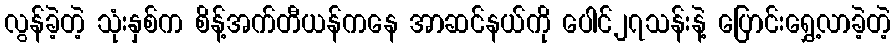
လွန်ခဲ့တဲ့ သုံးနှစ်က စိန့်အက်တီယန်ကနေ အာဆင်နယ်ကို ပေါင်၂၇သန်းနဲ့ ပြောင်းရွှေ့လာခဲ့တဲ့